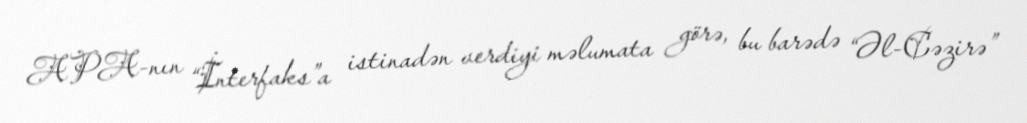
APA-nın “İnterfaks”a istinadən verdiyi məlumata görə, bu barədə “Əl-Cəzirə”